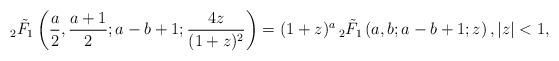
LaTeX: \begin{align*} _2\tilde F_1\left(\frac a2,\frac{a+1}{2}; a-b+1;\frac{4z}{(1+z)^2}\right) = (1+z)^a \, _2\tilde F_1\left(a,b;a-b+1;z\right), |z|<1, \end{align*}